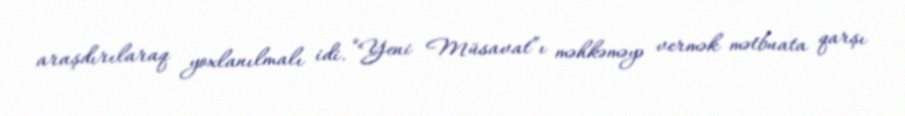
araşdırılaraq yoxlanılmalı idi. “Yeni Müsavat”ı məhkəməyə vermək mətbuata qarşı